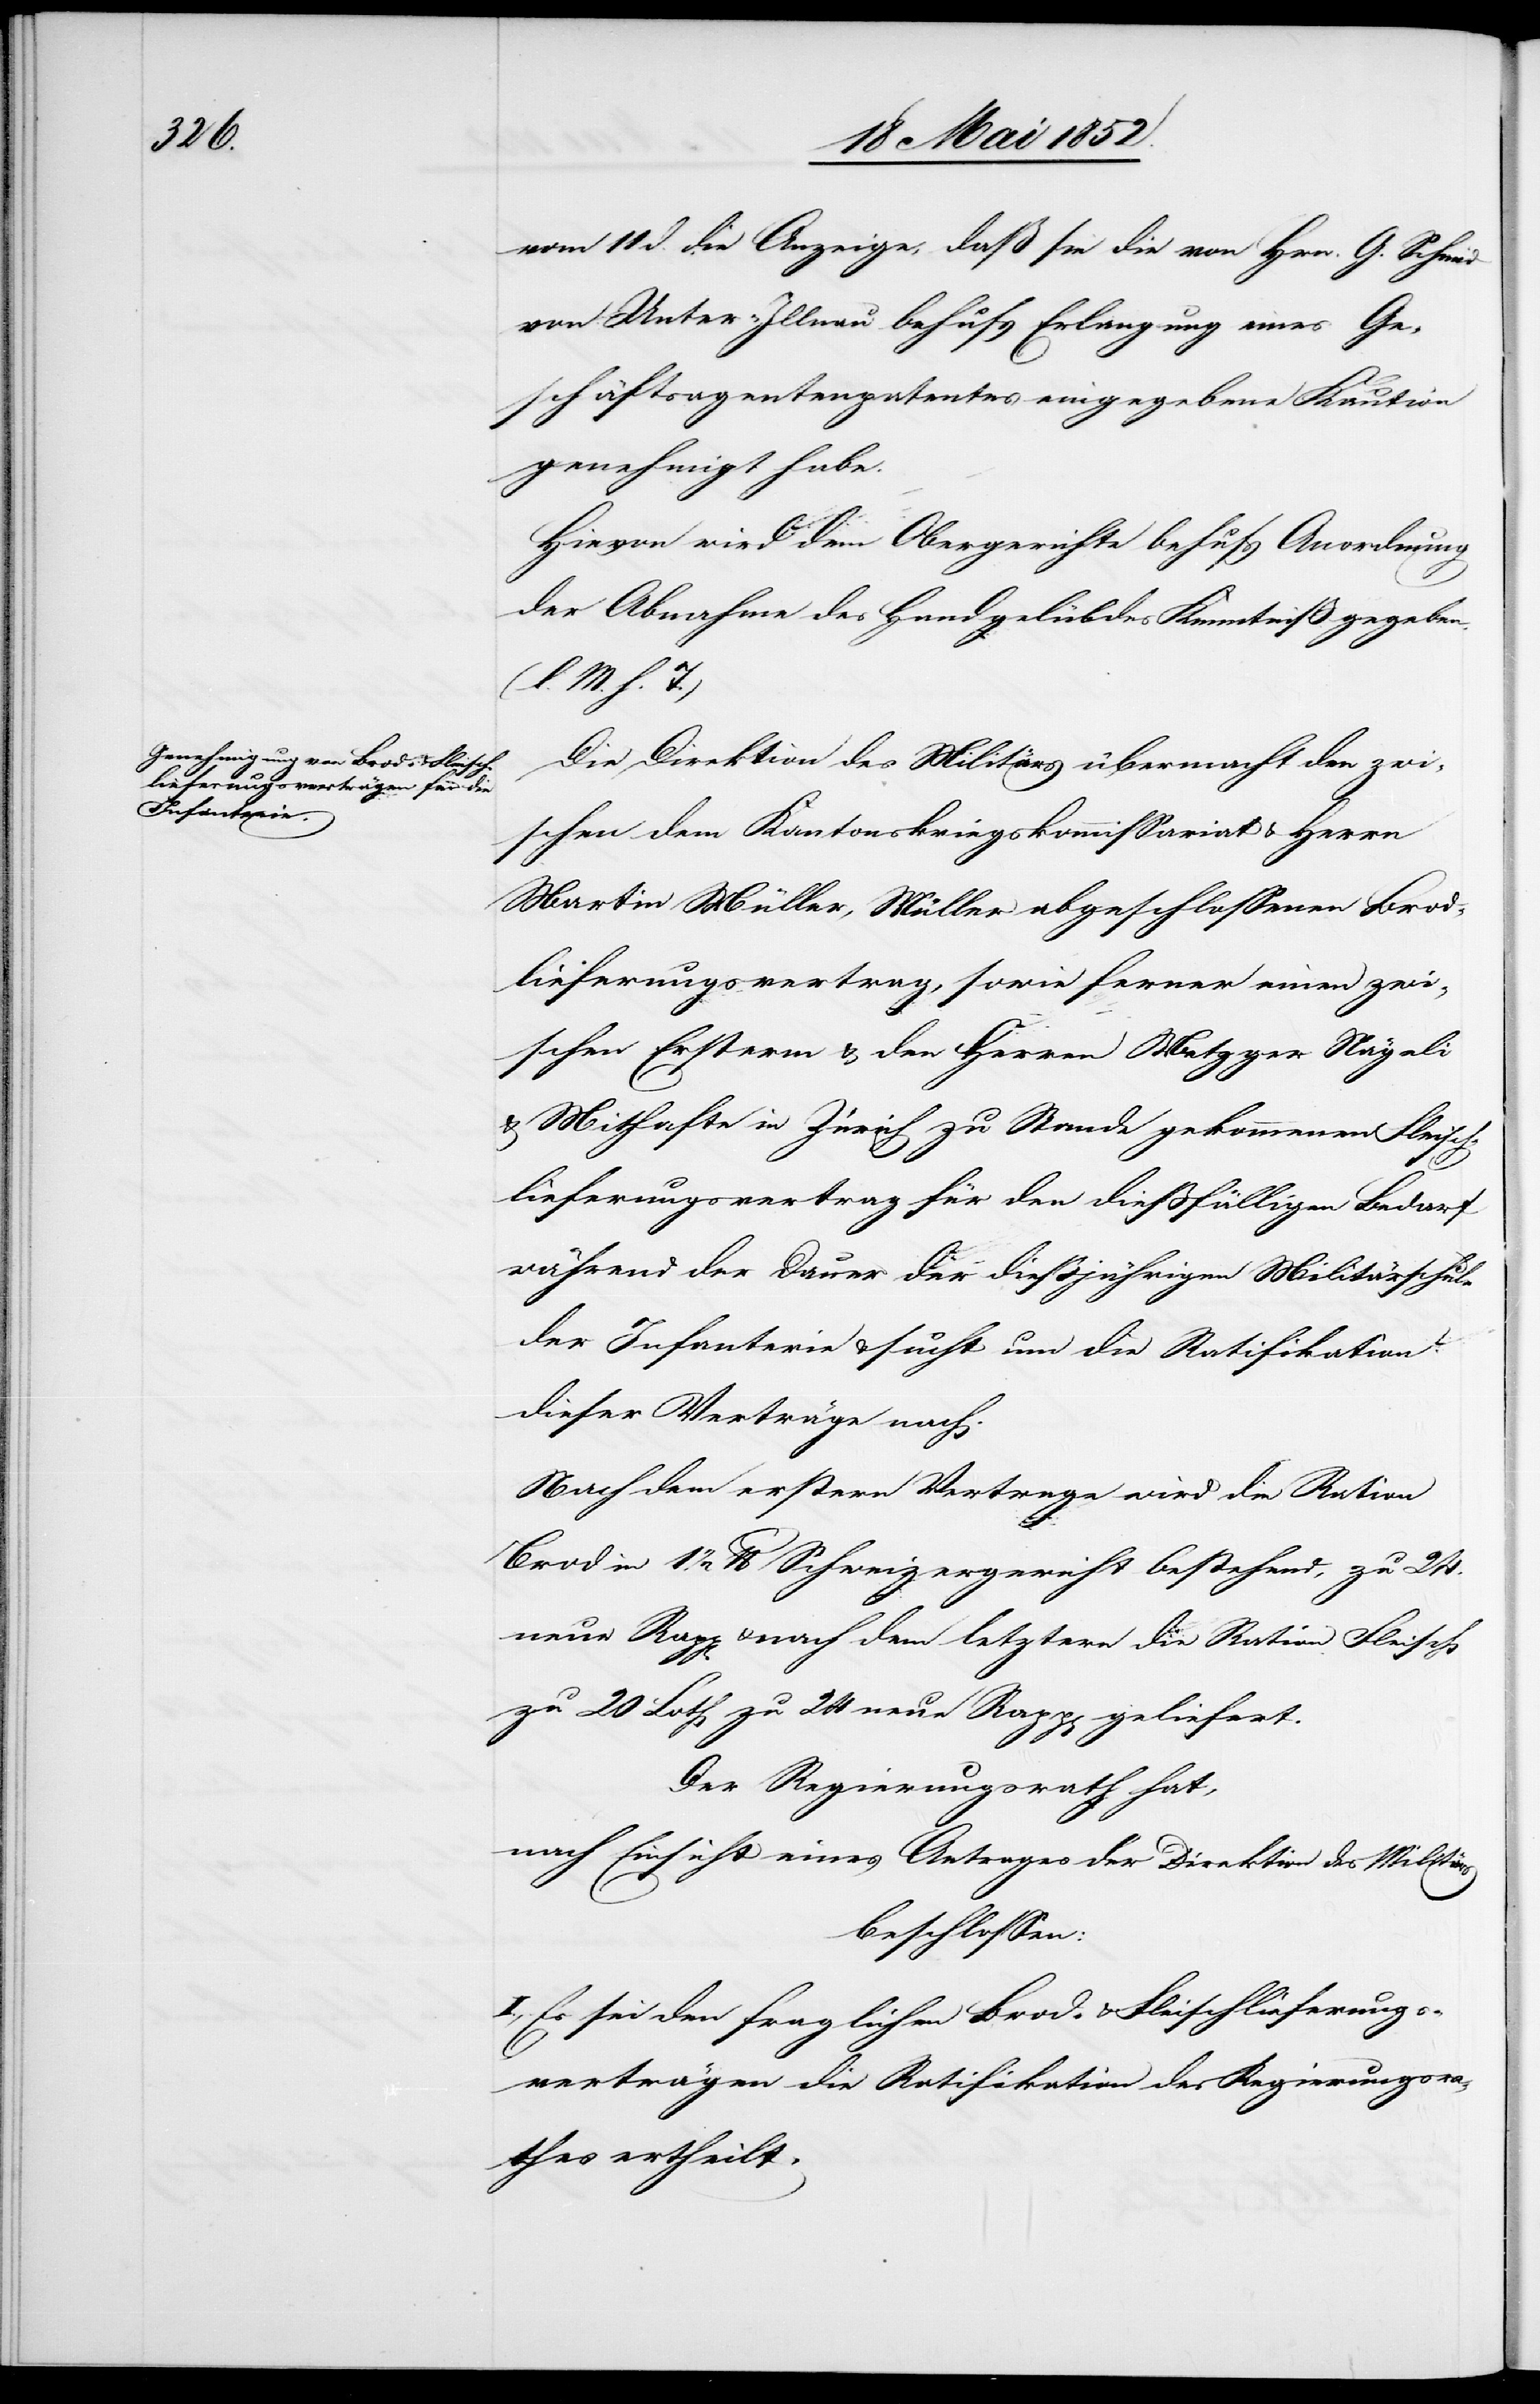
vom 11 d. die Anzeige, daß sie die von Hrn. G. Schmid
von Unter-Illnau behufs Erlangung eines Ge¬
schäftsagentenpatentes eingegebene Kaution
genehmigt habe.
Hievon wird dem Obergerichte behufs Anordnung
der Abnahme des Handgelübdes Kenntniß gegeben.
(l. M. h. T.)
Die Direktion des Militärs übermacht den zwi¬
schen dem Kantonskriegskommissariat & Herrn
Martin Müller, Müller abgeschlossenen Brod¬
lieferungsvertrag, sowie ferner einen zwi¬
schen Ersterm & den Herren Metzger Nägeli
& Mithafte in Zürich zu Stande gekommenen Fleisch¬
lieferungsvertrag für den diessfälligen Bedarf
während der Dauer der diessjährigen Militärschule
der Infanterie & sucht um die Ratifikation
dieser Verträge nach.
Nach dem erstern Vertrage wird die Ration
Brod in 1 1/2 lb Schweizergewicht bestehend, zu 24.
neue Rapp[en] & nach dem letztern die Ration Fleisch
zu 20 Loth zu 24 neue Rapp[en] geliefert.
Der Regierungsrath hat,
nach Einsicht eines Antrages der Direktion des Militärs
beschlossen:
I., Es sei den fraglichen Brod- & Fleischlieferungs¬
verträgen die Ratifikation des Regierungsra¬
thes ertheilt.